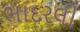
ભાદરલી